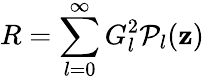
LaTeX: R=\sum_{l=0}^{\infty}G_{l}^{2}\mathcal{P}_{l}(\mathbf{z})